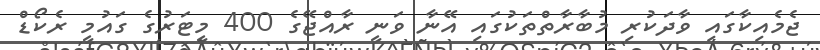
ޖެމެއިކާގައި ވާދަކުރި މުބާރާތްތަކުގައި އޭނާ ވަނީ ރާއްޖޭގެ 400 މީޓަރުގެ ގައުމީ ރެކޯޑް